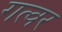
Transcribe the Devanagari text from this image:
गत्वर